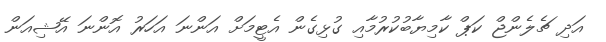
އަދި ޗެލެންޖް ކަޕް ކާމިޔާބުކުރުމާއި ގުޅިގެން އެޓީމަށް އަންނަ އަހަރު އޮންނަ އޭޝިއަން